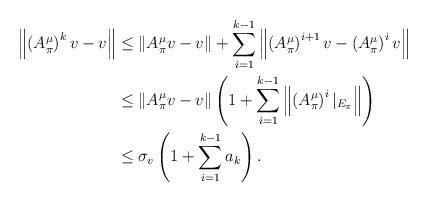
\begin{align*}\left\| \left(A^\mu_\pi\right)^k v -v \right\|&\leq \left\| A^\mu_\pi v -v \right\| + \sum_{i=1}^{k-1}\left\| \left(A^\mu_\pi\right)^{i+1} v - \left(A^\mu_\pi\right)^{i} v\right\| \\&\leq \left\| A^\mu_\pi v -v \right\| \left( 1+ \sum_{i=1}^{k-1}\left\| \left(A^\mu_\pi\right)^{i}|_{E_\pi}\right\|\right)\\& \leq \sigma_v \left( 1+ \sum_{i=1}^{k-1}a_k\right).\end{align*}